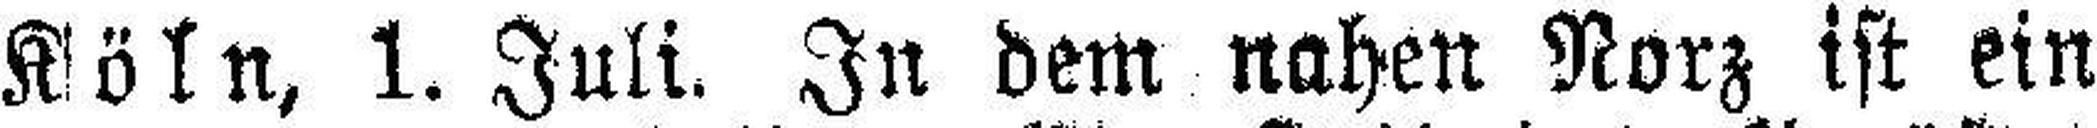
Köln, 1. Juli. In dem nahen Norz ist ein